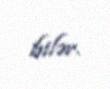
bilər.